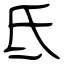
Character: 氐